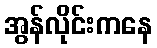
အွန်လိုင်းကနေ